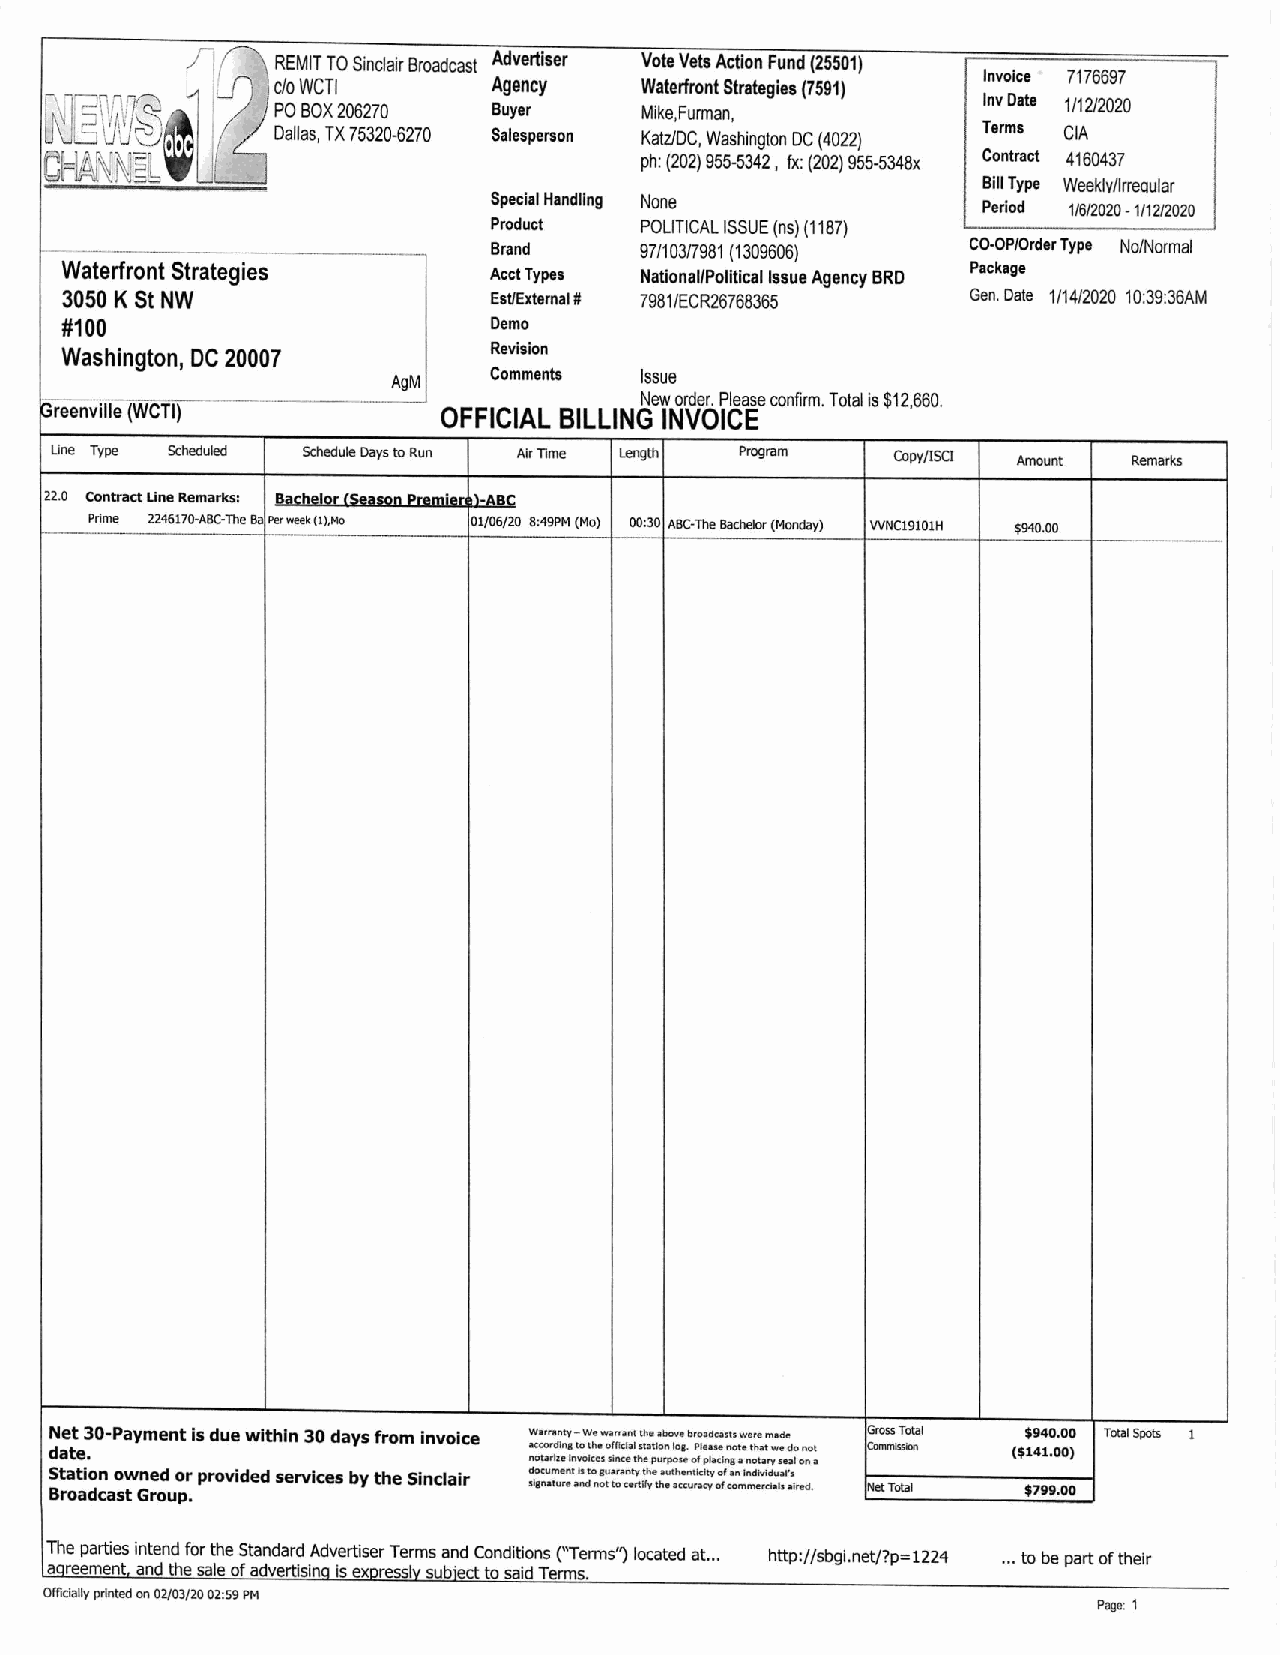
/l  ~
 REMIT TO Sinclair Broadcast Advertiser Vote Vets Action Fund (25501)
 Invoice 7176697
 ~g             Agency    Waterfront Strategies (7591)
 l /r lJ:-. \l JLiS 5 D \i J\ VfY ~Ol f,.~- I (~ L ~g~I206270 Buyer Mike,Furman, TIn ev r mD sa te 1/12/2020
 Dallas, TX 75320-6270 Salesperson KatZ/DC, Washington DC (4022) CIA
 l~f~N~l~ ~                             ph: (202) 955-5342, fx: (202) 955-5348x Contract 4160437
 ~~~~~~~~                                                      Bill Type Weekly/lrreQular
 Special Handling None           Period 1/6/2020 -1112/2020
 Product  POLITICAL ISSUE (ns) (1187)
 1-----------             ,    Brand    97/103/7981 (1309606) CO·OP/Order Type NolNormal
 Waterfront Strategies       Acct Types National/Politicallssue Agency BRD Package
 3050 K St NW                 Est/External # 7981/ECR26768365 Gen. Date 1114/2020 10:39:36AM
 #100                         Demo
 Revision
 Washington, DC 20007
 AgM    Comments Issue
 New order. Please confirm. Total is $12,660.
 Greenville (WeTl)         OFFICIAL BILLING INVOICE
 Line Type Scheduled Schedule Days to Run Air Time Length Program Copy/ISCI Amount Remarks
 22.0 Contract Line Remarks: Bachelor (Season P -ABC
 ~---P-rim-e- --2-24-617-0--A-BC--T-h-e -Ba4 P-er- week- (1)-,Mo --------~01-/06/-20 -B:49P-M (-Mo)- ~0-0-:-30 4ABC--Th-e -Bach-elor -(Mon-day)- --WN+C-19-1-0-1 H +--$9-40.0-0- -r-------
 Net 30-Payment is due within 30 days from invoice Warranty - We warrant the abo ..•• e broadcasts were made Gross Total $940.00 Total Spots 1
 date.                           according to the offici;!1 st a tion log. Please note that we do not Commission ($141.00)
 nctarne invoices since the purpose of placing a notary se a 1 on a
 Station owned or provided services by the Sinclair document Is to guaranty the authenticity of an Individual's
 Broadcast Group.                sianature and not to certify the accuracy of commercials aired. Net Total $799.00
 The parties intend for the Standard Advertiser Terms and Conditions ("Terms") located at. .. http://sbgi.net/?p= 1224 ... to be part of their
 aoreernent and the sale of advertlslno is expresslv subiect to said Terms.
 Officially printed on 02/03/20 02:59 PM
 Page: 1